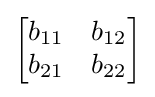
{\begin{bmatrix}b_{11}&b_{12}\\b_{21}&b_{22}\end{bmatrix}}